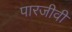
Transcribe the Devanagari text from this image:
पारजीवी